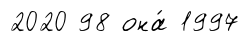
2020 98 она́ 1997